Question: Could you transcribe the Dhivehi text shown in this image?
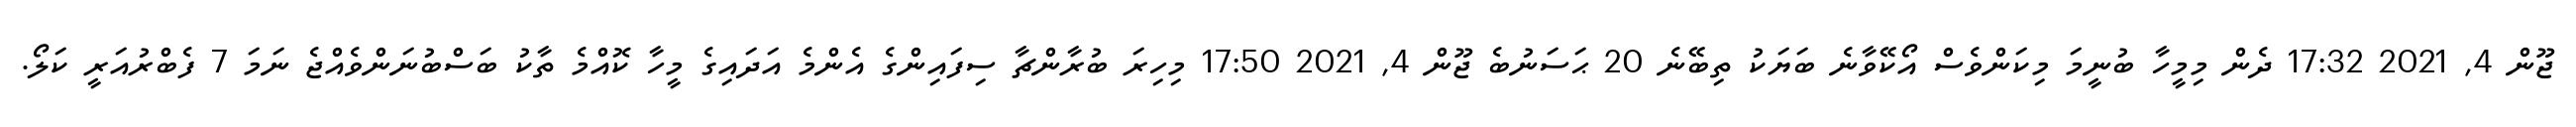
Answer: ޖޫން 4, 2021 17:32 ދެން މިމީހާ ބުނީމަ މިކަންވެސް އޯކޭވާނެ ބަޔަކު ތިބޭނެ 20 ޙަސަނުބެ ޖޫން 4, 2021 17:50 މިހިރަ ބުރާންޗާ ސިފައިންގެ އެންމެ އަދައިގެ މީހާ ކޮއްމެ ތާކު ބަސްބުނަންވެއްޖެ ނަމަ 7 ފެބްރުއަރީ ކަލޯ.